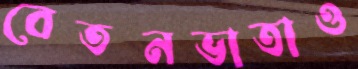
বেতনভাতাও